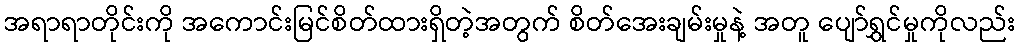
အရာရာတိုင်းကို အကောင်းမြင်စိတ်ထားရှိတဲ့အတွက် စိတ်အေးချမ်းမှုနဲ့ အတူ ပျော်ရွှင်မှုကိုလည်း